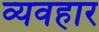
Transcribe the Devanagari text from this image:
व्यवहार